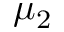
\mu _ { 2 }